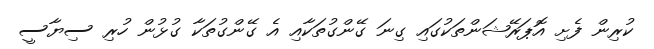
ކުރިން ފެށި އޮޕަރޭޝަންތަކުގައި ގިނަ ގޭންގުތަކާއި އެ ގޭންގުތަކާ ގުޅުން ހުރި ސިޔާސީ